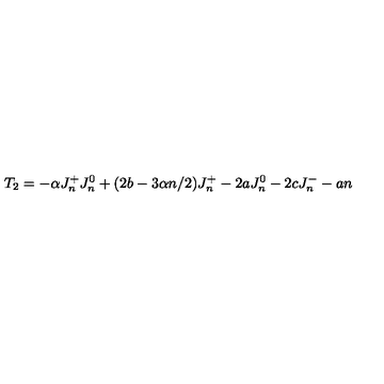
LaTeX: T _ { 2 } = - \alpha J _ { n } ^ { + } J _ { n } ^ { 0 } + ( 2 b - 3 \alpha n / 2 ) J _ { n } ^ { + } - 2 a J _ { n } ^ { 0 } - 2 c J _ { n } ^ { - } - a n